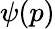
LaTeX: \psi(p)